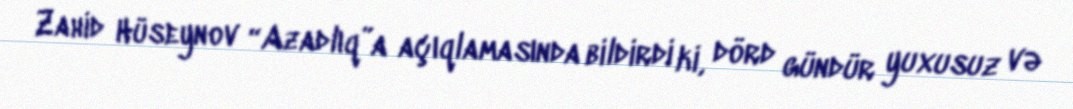
Zahid Hüseynov “Azadlıq”a açıqlamasında bildirdi ki, dörd gündür yuxusuz və